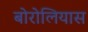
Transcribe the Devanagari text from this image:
बोरोलियास